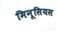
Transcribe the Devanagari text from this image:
मिनूसियस